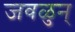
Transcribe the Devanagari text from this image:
जवळुन्